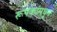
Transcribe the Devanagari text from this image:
रूपकांमधून